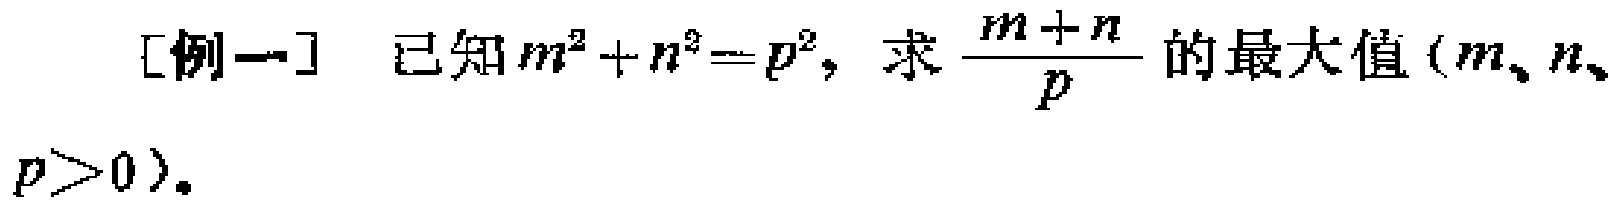
[例一] 已知\(m^{2}+n^{2}=p^{2}\)，求\(\frac{m + n}{p}\)的最大值 (\(m、n、p>0\))。